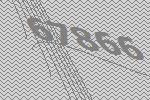
67866